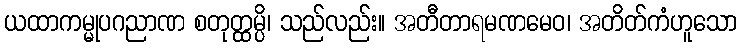
ယထာကမ္မုပဂညာဏ စတုတ္ထမ္ပိ၊ သည်လည်း။ အတီတာရမဏမေဝ၊ အတိတ်ကံဟူသော